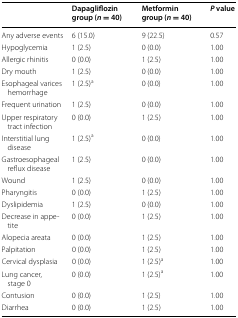
<table><thead><tr><td></td><td><b>Dapagliflozin group (<i>n</i> = 40)</b></td><td><b>Metformin group (<i>n</i> = 40)</b></td><td><b><i>P</i> value</b></td></tr></thead><tbody><tr><td>Any adverse events</td><td>6 (15.0)</td><td>9 (22.5)</td><td>0.57</td></tr><tr><td>Hypoglycemia</td><td>1 (2.5)</td><td>0 (0.0)</td><td>1.00</td></tr><tr><td>Allergic rhinitis</td><td>0 (0.0)</td><td>1 (2.5)</td><td>1.00</td></tr><tr><td>Dry mouth</td><td>1 (2.5)</td><td>0 (0.0)</td><td>1.00</td></tr><tr><td>Esophageal varices hemorrhage</td><td>1 (2.5)<sup>a</sup></td><td>0 (0.0)</td><td>1.00</td></tr><tr><td>Frequent urination</td><td>1 (2.5)</td><td>0 (0.0)</td><td>1.00</td></tr><tr><td>Upper respiratory tract infection</td><td>0 (0.0)</td><td>1 (2.5)</td><td>1.00</td></tr><tr><td>Interstitial lung disease</td><td>1 (2.5)<sup>a</sup></td><td>0 (0.0)</td><td>1.00</td></tr><tr><td>Gastroesophageal reflux disease</td><td>1 (2.5)</td><td>0 (0.0)</td><td>1.00</td></tr><tr><td>Wound</td><td>1 (2.5)</td><td>0 (0.0)</td><td>1.00</td></tr><tr><td>Pharyngitis</td><td>0 (0.0)</td><td>1 (2.5)</td><td>1.00</td></tr><tr><td>Dyslipidemia</td><td>1 (2.5)</td><td>0 (0.0)</td><td>1.00</td></tr><tr><td>Decrease in appetite</td><td>0 (0.0)</td><td>1 (2.5)</td><td>1.00</td></tr><tr><td>Alopecia areata</td><td>0 (0.0)</td><td>1 (2.5)</td><td>1.00</td></tr><tr><td>Palpitation</td><td>0 (0.0)</td><td>1 (2.5)</td><td>1.00</td></tr><tr><td>Cervical dysplasia</td><td>0 (0.0)</td><td>1 (2.5)<sup>a</sup></td><td>1.00</td></tr><tr><td>Lung cancer, stage 0</td><td>0 (0.0)</td><td>1 (2.5)<sup>a</sup></td><td>1.00</td></tr><tr><td>Contusion</td><td>0 (0.0)</td><td>1 (2.5)</td><td>1.00</td></tr><tr><td>Diarrhea</td><td>0 (0.0)</td><td>1 (2.5)</td><td>1.00</td></tr></tbody></table>